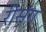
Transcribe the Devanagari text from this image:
रीसंग